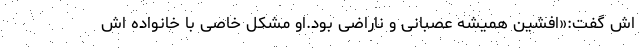
اش گفت:«افشین همیشه عصبانی و ناراضی بود.او مشکل خاصی با خانواده اش